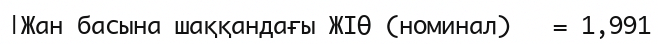
|Жан басына шаққандағы ЖІӨ (номинал)   = 1,991